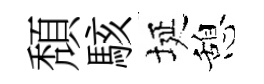
頽駭埏憩